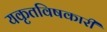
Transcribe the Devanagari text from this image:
यकृतविषकारी